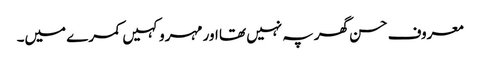
معروف حسن گھر پہ نہیں تھا اور مہرو کہیں کمرے میں۔